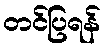
တင်ပြရန်